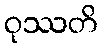
ဝုဿတိ